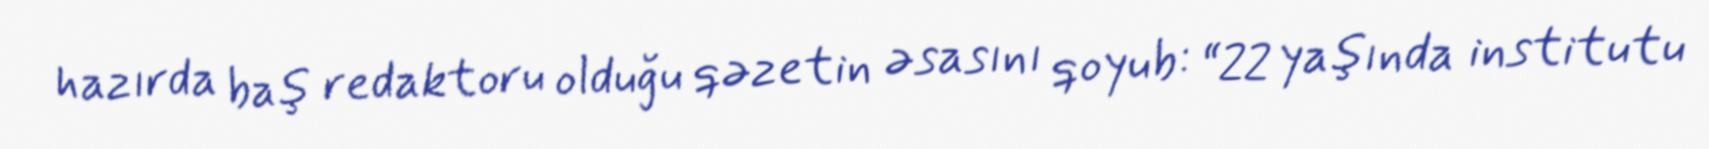
hazırda baş redaktoru olduğu qəzetin əsasını qoyub: “22 yaşında institutu